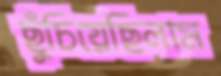
ছুঁচিয়েছিলাম